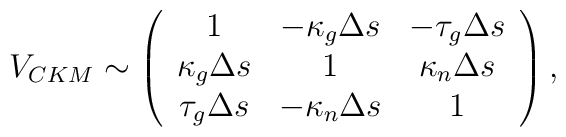
V_{CKM} \sim \left( \begin{array}{ccc}   1 & - \kappa_g \Delta s & - \tau_g \Delta s \\   \kappa_g \Delta s & 1 & \kappa_n \Delta s \\   \tau_g \Delta s & - \kappa_n \Delta s & 1  \end{array} \right),